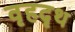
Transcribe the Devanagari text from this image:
वृहदृथ